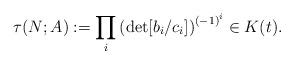
LaTeX: \begin{align*}\tau(N;A) := \prod_i \left(\det [b_{i} /c_i ]\right)^{{(-1)}^i} \in K(t).\end{align*}